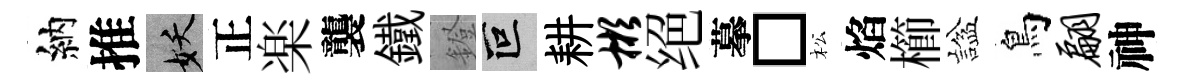
納推妖正楽襲鐵鐙叵耕彬绝摹□松焰櫛諡鳥翩神